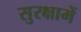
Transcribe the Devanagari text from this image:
सुरक्षामें